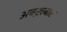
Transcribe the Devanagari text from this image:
अक्ख़बार